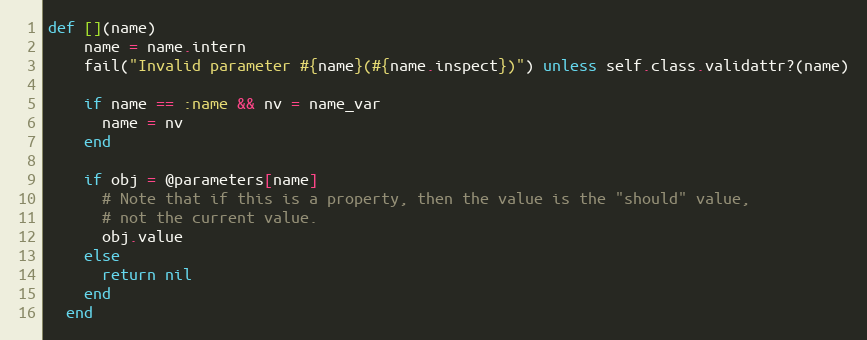
Language: Ruby
def [](name)
    name = name.intern
    fail("Invalid parameter #{name}(#{name.inspect})") unless self.class.validattr?(name)

    if name == :name && nv = name_var
      name = nv
    end

    if obj = @parameters[name]
      # Note that if this is a property, then the value is the "should" value,
      # not the current value.
      obj.value
    else
      return nil
    end
  end